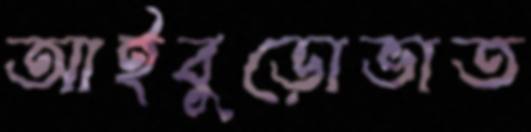
আইবুড়োভাত